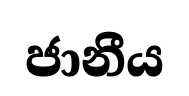
ජානීය